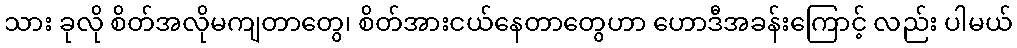
သား ခုလို စိတ်အလိုမကျတာတွေ၊ စိတ်အားငယ်နေတာတွေဟာ ဟောဒီအခန်းကြောင့် လည်း ပါမယ်